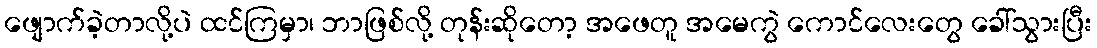
ဖျောက်ခဲ့တာလို့ပဲ ထင်ကြမှာ၊ ဘာဖြစ်လို့ တုန်းဆိုတော့ အဖေတူ အမေကွဲ ကောင်လေးတွေ ခေါ်သွားပြီး